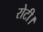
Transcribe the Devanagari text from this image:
रोटी।